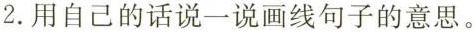
2.用自己的话说一说画线句子的意思。